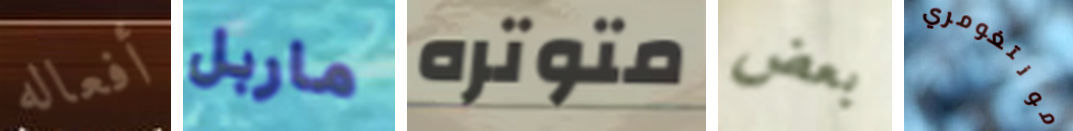
أفعاله ماربل متوتره بعض مونتغومري